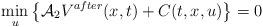
LaTeX: \begin{align*}\min _{u}\left\{{\mathcal {A}_2}V^{after}(x,t)+C(t,x,u)\right\}=0\end{align*}